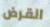
القرض